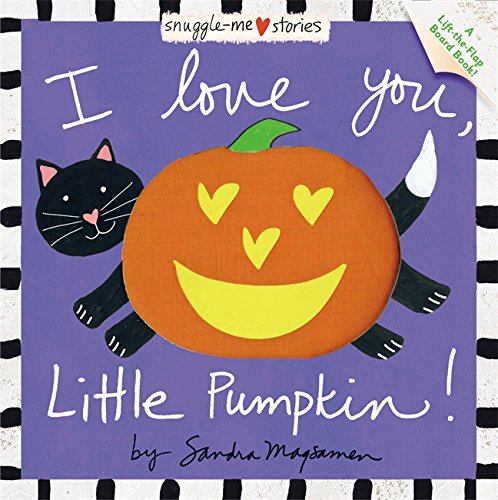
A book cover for I Love You, Little Pumpkin! (Padded Cloth Covers with Lift-the-Flaps); Sandra Magsamen; Children's Books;